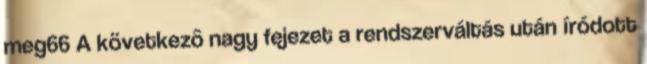
meg66 A következô nagy fejezet a rendszerváltás után íródott